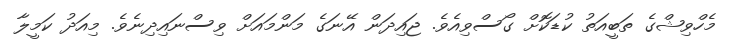
މެހްވިޝްގެ ތަބީއަތު ކުޑަކޮށް ގޯސްވިއެވެ. ޖައިދަން އޭނަގެ މަންމައަށް ވިސްނައިދިނެވެ. މިއަދު ކަމީލާ